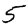
Digit: 5